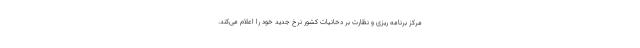
مرکز برنامه ریزی و نظارت بر دخانیات کشور نرخ جدید خود را اعلام می‌کند.